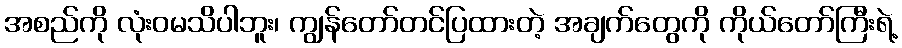
အစည်ကို လုံးဝမသိပါဘူး၊ ကျွန်တော်တင်ပြထားတဲ့ အချက်တွေကို ကိုယ်တော်ကြီးရဲ့